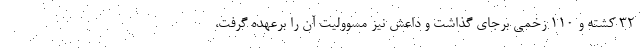
۳۲ کشته و ۱۱۰ زخمی برجای گذاشت و داعش نیز مسوولیت آن را برعهده گرفت،